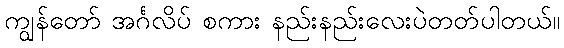
ကျွန်တော် အင်္ဂလိပ် စကား နည်းနည်းလေးပဲတတ်ပါတယ်။